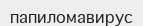
папиломавирус